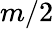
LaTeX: m/2